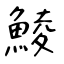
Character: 鯪